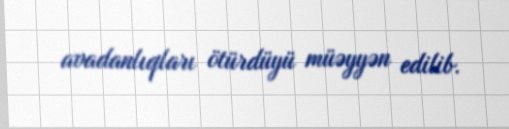
avadanlıqları ötürdüyü müəyyən edilib.